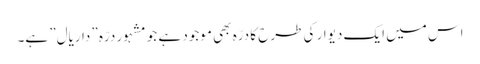
اس میں ایک دیوار کی طرح کا درّہ بھی موجود ہے جو مشہور درّہ ”داریال” ہے۔